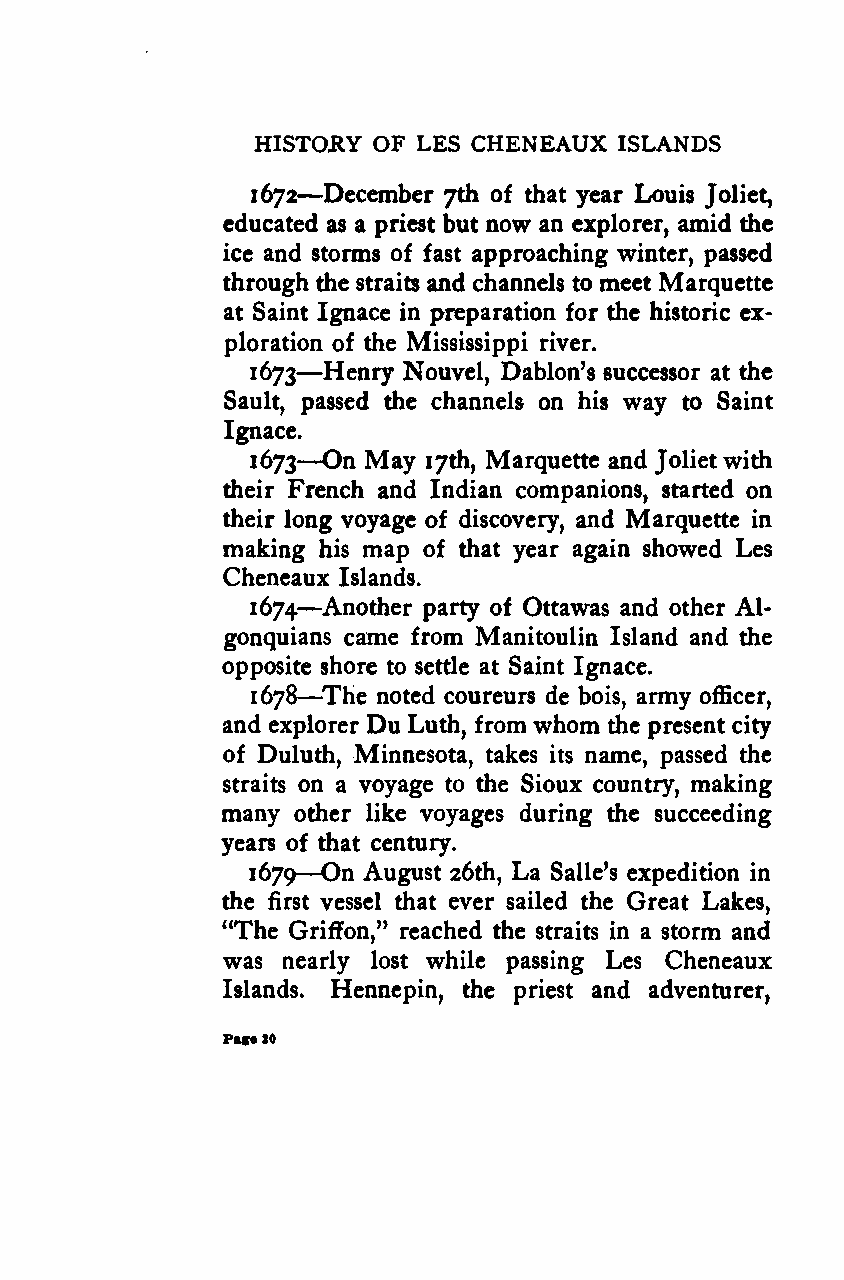
HISTORY OF LES CHENEAUX ISLANDS
 —
 1672 December 7th of that year Louis Joliet,
 educated as a priest but now an explorer, amid the
 ice and storms of fast approaching winter, passed
 through the straits and channels to meet Marquette
 at Saint Ignace in preparation for the historic ex-
 ploration of the Mississippi river.
 —
 1673 Henry Nouvel, Dablon's successor at the
 Sault, passed the channels on his way to Saint
 Ignace.
 —
 1673 On May 17th, Marquette and Jolietwith
 their French and Indian companions, started on
 their long voyage of discovery, and Marquette in
 making his map of that year again showed Les
 Cheneaux Islands.
 —
 1674 Another party of Ottawas and other Al-
 gonquians came from Manitoulin Island and the
 opposite shore to settle at Saint Ignace.
 —
 1678 The noted coureurs de bois, army officer,
 and explorer Du Luth, from whom the present city
 of Duluth, Minnesota, takes its name, passed the
 straits on a voyage to the Sioux country, making
 many other like voyages during the succeeding
 years of that century.
 —
 1679 On August 26th, La Sailed expedition in
 the first vessel that ever sailed the Great Lakes,
 "The Griffon," reached the straits in a storm and
 was nearly lost while passing Les Cheneaux
 Islands. Hennepin, the priest and adventurer,
 Pace20
 Google
 Digitizedby